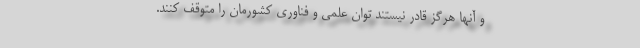
و آنها هرگز قادر نیستند توان علمی و فناوری کشورمان را متوقف کنند.